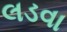
લડવા